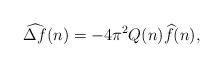
LaTeX: \begin{align*} \widehat{\Delta f}(n) = -4\pi^2 Q(n)\widehat f(n),\end{align*}